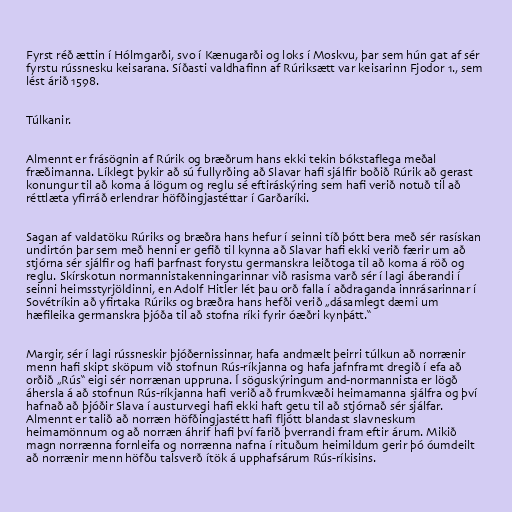
Fyrst réð ættin í Hólmgarði, svo í Kænugarði og loks í Moskvu, þar sem hún gat af sér
fyrstu rússnesku keisarana. Síðasti valdhafinn af Rúriksætt var keisarinn Fjodor 1., sem
lést árið 1598.

Túlkanir.

Almennt er frásögnin af Rúrik og bræðrum hans ekki tekin bókstaflega meðal
fræðimanna. Líklegt þykir að sú fullyrðing að Slavar hafi sjálfir boðið Rúrik að gerast
konungur til að koma á lögum og reglu sé eftiráskýring sem hafi verið notuð til að
réttlæta yfirráð erlendrar höfðingjastéttar í Garðaríki.

Sagan af valdatöku Rúriks og bræðra hans hefur í seinni tíð þótt bera með sér rasískan
undirtón þar sem með henni er gefið til kynna að Slavar hafi ekki verið færir um að
stjórna sér sjálfir og hafi þarfnast forystu germanskra leiðtoga til að koma á röð og
reglu. Skírskotun normannistakenningarinnar við rasisma varð sér í lagi áberandi í
seinni heimsstyrjöldinni, en Adolf Hitler lét þau orð falla í aðdraganda innrásarinnar í
Sovétríkin að yfirtaka Rúriks og bræðra hans hefði verið „dásamlegt dæmi um
hæfileika germanskra þjóða til að stofna ríki fyrir óæðri kynþátt.“

Margir, sér í lagi rússneskir þjóðernissinnar, hafa andmælt þeirri túlkun að norrænir
menn hafi skipt sköpum við stofnun Rús-ríkjanna og hafa jafnframt dregið í efa að
orðið „Rús“ eigi sér norrænan uppruna. Í söguskýringum and-normannista er lögð
áhersla á að stofnun Rús-ríkjanna hafi verið að frumkvæði heimamanna sjálfra og því
hafnað að þjóðir Slava í austurvegi hafi ekki haft getu til að stjórnað sér sjálfar.
Almennt er talið að norræn höfðingjastétt hafi fljótt blandast slavneskum
heimamönnum og að norræn áhrif hafi því farið þverrandi fram eftir árum. Mikið
magn norrænna fornleifa og norrænna nafna í rituðum heimildum gerir þó óumdeilt
að norrænir menn höfðu talsverð ítök á upphafsárum Rús-ríkisins.